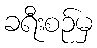
ခရီးစဉ်မှ